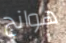
هوانج